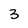
Character: 3